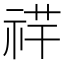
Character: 𥙶